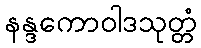
နန္ဒကောဝါဒသုတ္တံ